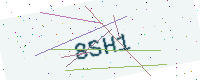
Text: 8SH1